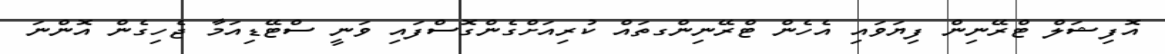
އޮފިޝަލް ޓްރޭނިން ފިޔަވައި އެހެން ޓްރޭނިންގތައް ކުރިއަށްގެންގޮސްފައި ވަނީ ސްޓޭޑިއަމާ ޖެހިގެން އޮންނަ